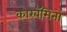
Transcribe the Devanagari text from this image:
कारबॅमिनो